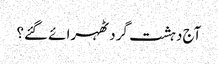
آج دہشت گرد ٹھہرائے گئے؟